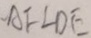
A F \bot D E